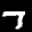
Label: 7